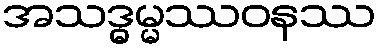
အသဒ္ဓမ္မဿဝနဿ